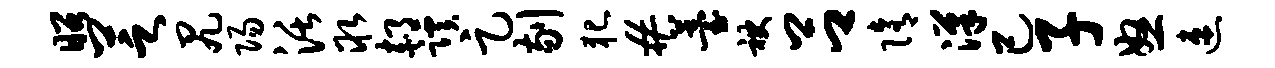
昭芝尻阳活取郝蹊足剔犯#薹袂吕隋汉己子怒速